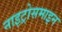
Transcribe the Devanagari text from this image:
नाइट्रोसमाइन